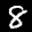
Label: 8